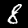
Label: 8